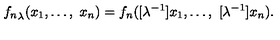
{ f _ { n } } _ { \lambda } ( x _ { 1 } , \ldots , \ x _ { n } ) = f _ { n } ( [ \lambda ^ { - 1 } ] x _ { 1 } , \ldots , \ [ \lambda ^ { - 1 } ] x _ { n } ) .